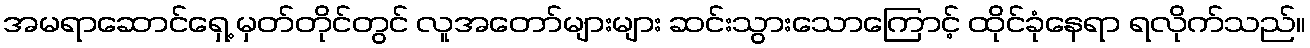
အမရာဆောင်ရှေ့ မှတ်တိုင်တွင် လူအတော်များများ ဆင်းသွားသောကြောင့် ထိုင်ခုံနေရာ ရလိုက်သည်။